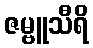
ဇမ္ဗူသီရိ